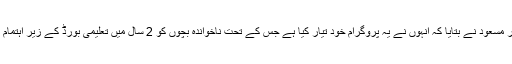
سسٹم فاؤنڈیشن کا تعارف کراتے ہوئے پروفیسر مسعود نے بتایا کہ انہوں نے یہ پروگرام خود تیار کیا ہے جس کے تحت ناخواندہ بچوں کو 2 سال میں تعلیمی بورڈ کے زیر اہتمام میٹرک کا امتحان دینے کے قابل بنایا جاتا ہے۔